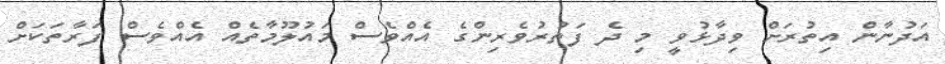
އަދުނާން އިތުރަށް ވިދާޅުވީ މި ދެ ފަތުރުވެރިންގެ އެއްވެސް މައުލޫމާތެއް އެއްވެސް ފަރާތަކަށް